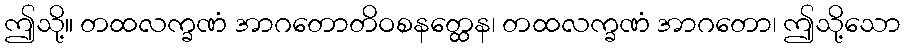
ဤသို့။ တထလက္ခဏံ အာဂတောတိဝစနတ္ထေန၊ တထလက္ခဏံ အာဂတော၊ ဤသို့သော